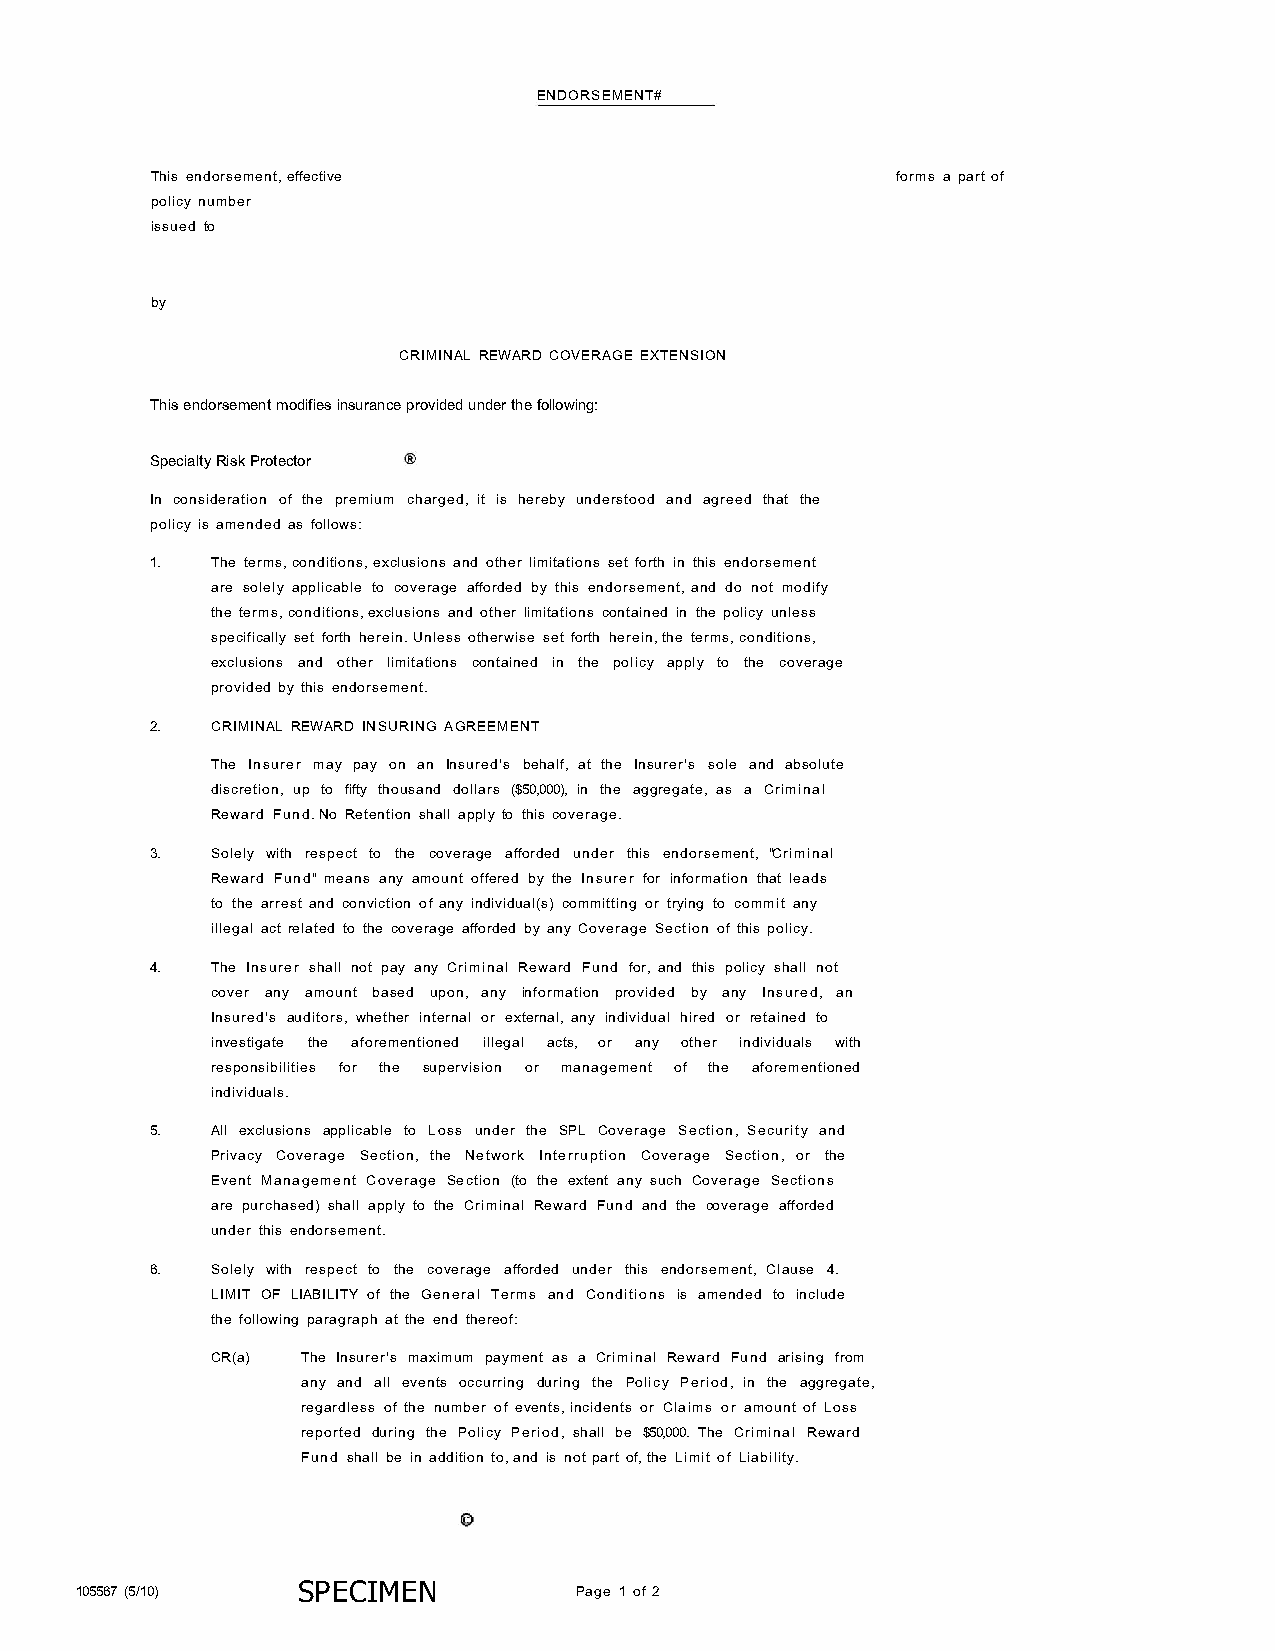
ENDORSEMENT#
 This endorsement, effective                      forms a part of
 policy number
 issued to
 by
 CRIMINAL REWARD COVERAGE EXTENSION
 This endorsement modifies insurance provided under the following:
 Specialty Risk Protector
 In consideration of the premium charged, it is hereby understood and agreed that the
 policy is amended as follows:
 1.  The terms, conditions, exclusions and other limitations set forth in this endorsement
 are solely applicable to coverage afforded by this endorsement, and do not modify
 the terms, conditions, exclusions and other limitations contained in the policy unless
 specifically set forth herein. Unless otherwise set forth herein, the terms, conditions,
 exclusions and other limitations contained in the policy apply to the coverage
 provided by this endorsement.
 2.  CRIMINAL REWARD INSURING AGREEMENT
 The Insurer may pay on an Insured's behalf, at the Insurer's sole and absolute
 discretion, up to fifty thousand dollars ($50,000), in the aggregate, as a Criminal
 Reward Fund. No Retention shall apply to this coverage.
 3.  Solely with respect to the coverage afforded under this endorsement, "Criminal
 Reward Fund" means any amount offered by the Insurer for information that leads
 to the arrest and conviction of any individual(s) committing or trying to commit any
 illegal act related to the coverage afforded by any Coverage Section of this policy.
 4.  The Insurer shall not pay any Criminal Reward Fund for, and this policy shall not
 cover any amount based upon, any information provided by any Insured, an
 Insured's auditors, whether internal or external, any individual hired or retained to
 investigate the aforementioned illegal acts, or any other individuals with
 responsibilities for the supervision or management of the aforementioned
 individuals.
 5.  All exclusions applicable to Loss under the SPL Coverage Section, Security and
 Privacy Coverage Section, the Network Interruption Coverage Section, or the
 Event Management Coverage Section (to the extent any such Coverage Sections
 are purchased) shall apply to the Criminal Reward Fund and the coverage afforded
 under this endorsement.
 6.  Solely with respect to the coverage afforded under this endorsement, Clause 4.
 LIMIT OF LIABILITY of the General Terms and Conditions is amended to include
 the following paragraph at the end thereof:
 CR(a) The Insurer's maximum payment as a Criminal Reward Fund arising from
 any and all events occurring during the Policy Period, in the aggregate,
 regardless of the number of events, incidents or Claims or amount of Loss
 reported during the Policy Period, shall be $50,000. The Criminal Reward
 Fund shall be in addition to, and is not part of, the Limit of Liability.
 105567 (5/ 10) SP ECIMEN         Page 1 of 2